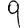
Digit: 9